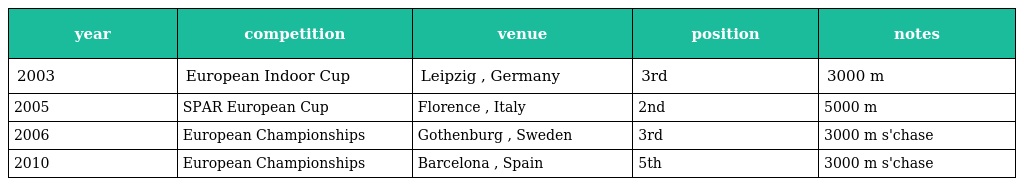
| year | competition | venue | position | notes |
 | --- | --- | --- | --- | --- |
 | 2003 | European Indoor Cup | Leipzig , Germany | 3rd | 3000 m |
 | 2005 | SPAR European Cup | Florence , Italy | 2nd | 5000 m |
 | 2006 | European Championships | Gothenburg , Sweden | 3rd | 3000 m s'chase |
 | 2010 | European Championships | Barcelona , Spain | 5th | 3000 m s'chase |